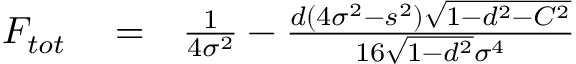
\begin{array} { r l r } { F _ { t o t } } & { { } = } & { \frac { 1 } { 4 \sigma ^ { 2 } } - \frac { d ( 4 \sigma ^ { 2 } - s ^ { 2 } ) \sqrt { 1 - d ^ { 2 } - C ^ { 2 } } } { 1 6 \sqrt { 1 - d ^ { 2 } } \sigma ^ { 4 } } } \end{array}